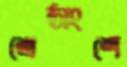
শ্রেষ্ঠাংশে